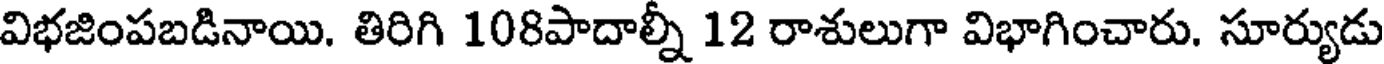
విభజింపబడినాయి. తిరిగి 108పాదాల్నీ 12 రాశులుగా విభాగించారు. సూర్యుడు